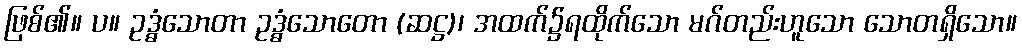
ဖြစ်၏။ ပ။ ဥဒ္ဓံသောတာ ဥဒ္ဓံသောတော (ဆဋ္ဌ)၊ အထက်၌ရထိုက်သော မဂ်တည်းဟူသော သောတရှိသော။